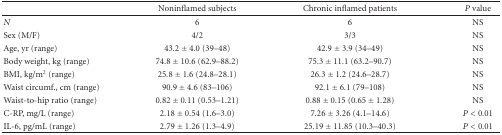
<table><thead><tr><td></td><td><b>Noninflamed subjects</b></td><td><b>Chronic inflamed patients</b></td><td><b><i>P</i> value</b></td></tr></thead><tbody><tr><td><i>N</i></td><td>6</td><td>6</td><td>NS</td></tr><tr><td>Sex (M/F)</td><td>4/2</td><td>3/3</td><td>NS</td></tr><tr><td>Age, yr (range)</td><td>43.2 ± 4.0 (39–48)</td><td>42.9 ± 3.9 (34–49)</td><td>NS</td></tr><tr><td>Body weight, kg (range)</td><td>74.8 ± 10.6 (62.9–88.2)</td><td>75.3 ± 11.1 (63.2–90.7)</td><td>NS</td></tr><tr><td>BMI, kg/m2 (range)</td><td>25.8 ± 1.6 (24.8–28.1)</td><td>26.3 ± 1.2 (24.6–28.7)</td><td>NS</td></tr><tr><td>Waist circumf., cm (range)</td><td>90.9 ± 4.6 (83–106)</td><td>92.1 ± 6.1 (79–108)</td><td>NS</td></tr><tr><td>Waist-to-hip ratio (range)</td><td>0.82 ± 0.11 (0.53–1.21)</td><td>0.88 ± 0.15 (0.65 ± 1.28)</td><td>NS</td></tr><tr><td>C-RP, mg/L (range)</td><td>2.18 ± 0.54 (1.6–3.0)</td><td>7.26 ± 3.26 (4.1–14.6)</td><td><i>P</i> &lt; 0.01</td></tr><tr><td> IL-6, pg/mL (range)</td><td>2.79 ± 1.26 (1.3–4.9)</td><td>25.19 ± 11.85 (10.3–40.3)</td><td><i>P</i> &lt; 0.01</td></tr></tbody></table>